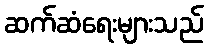
ဆက်ဆံရေးများသည်